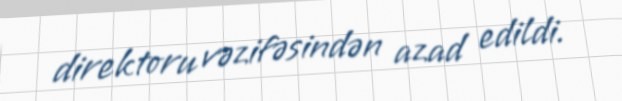
direktoru vəzifəsindən azad edildi.